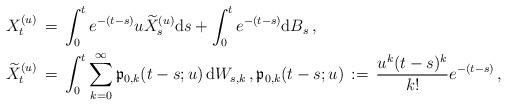
LaTeX: \begin{align*} X_{t}^{(u)}\, &=\, \int^{t}_{0} e^{- (t-s)} u \widetilde{X}^{(u)}_{s} {\mathrm d} s + \int^{t}_{0} e^{-(t-s)} {\mathrm d} B_{s} \, , \\\widetilde{X}_{t}^{(u)} \, &=\, \int^{t}_{0} \sum_{k=0}^{\infty} \mathfrak p_{0, k} (t-s; u) \, {\mathrm d} W_{s, k} \,, \mathfrak p_{0, k} (t-s; u)\, :=\, \frac{u^{k}(t-s)^{k}}{k!} e^{-(t-s)} \, , \end{align*}